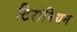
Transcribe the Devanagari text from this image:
टिरोनियन